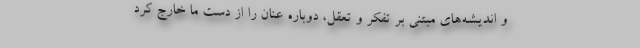
و اندیشه‌های مبتنی بر تفکر و تعقل، دوباره عنان را از دست ما خارج کرد